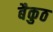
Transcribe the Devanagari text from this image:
बैकुठ